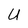
Character: U